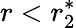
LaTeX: r<r_{2}^{*}